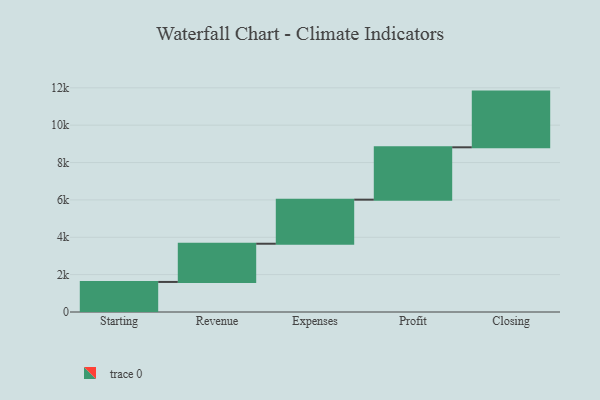
{"axis": {"x": "Step", "y": "Value"}, "legend": [""], "data": [{"x": "Starting", "y": 1609.0, "type": ""}, {"x": "Revenue", "y": 2046.0, "type": ""}, {"x": "Expenses", "y": 2359.0, "type": ""}, {"x": "Profit", "y": 2803.0, "type": ""}, {"x": "Closing", "y": 2982.0, "type": ""}]}